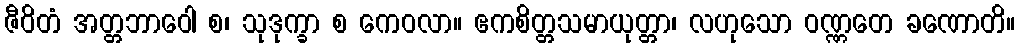
ဇီဝိတံ အတ္တဘာဝေါ စ၊ သုဒုက္ခာ စ ကေဝလာ။ ဧကစိတ္တသမာယုတ္တာ၊ လဟုသော ဝဏ္ဏတေ ခဏောတိ။